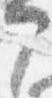
部